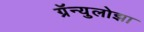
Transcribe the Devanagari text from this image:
ग्रॅन्युलोझा